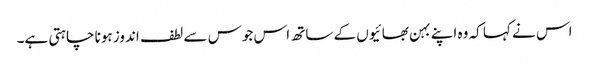
اس نے کہا کہ وہ اپنے بہن بھائیوں کے ساتھ اس جوس سے لطف اندوز ہونا چاہتی ہے۔